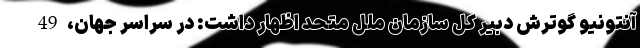
آنتونیو گوترش دبیر کل سازمان ملل متحد اظهار داشت: در سراسر جهان، 49